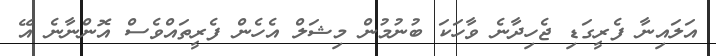
އަލައިނާ ފެރީގަޑި ޖެހިދާނެ ވާހަކަ ބުނުމުން މިޝަލް އެހެން ފެރީތައްވެސް އޮންނާނެ އޭ